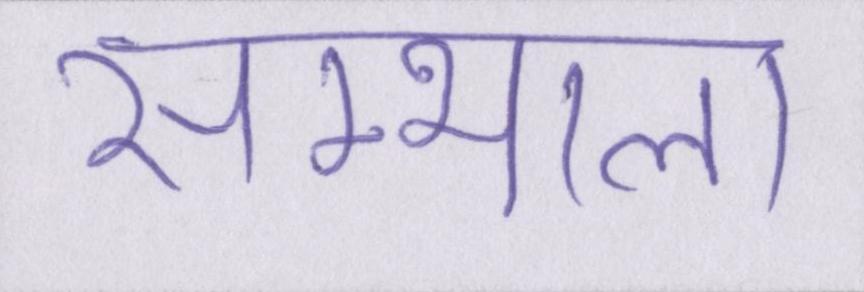
सम्भाला